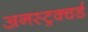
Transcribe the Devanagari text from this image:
अनस्ट्रक्चर्ड